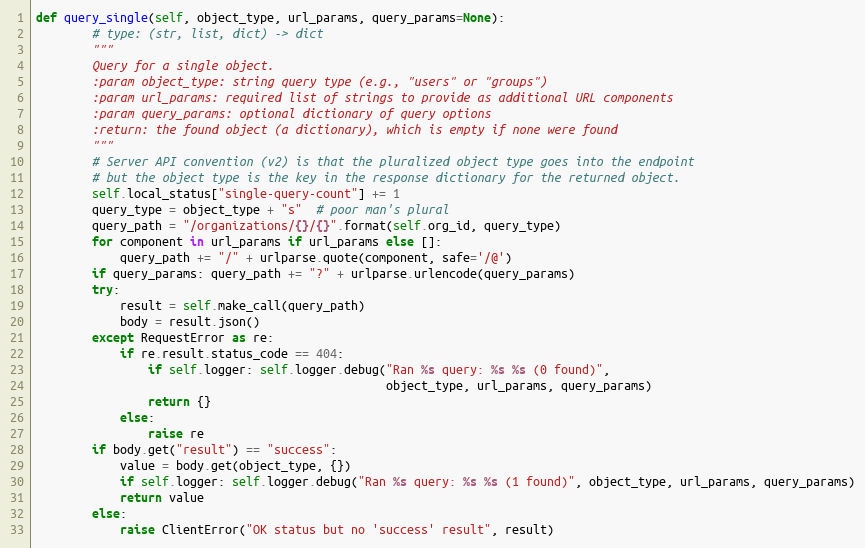
Language: Python
def query_single(self, object_type, url_params, query_params=None):
        # type: (str, list, dict) -> dict
        """
        Query for a single object.
        :param object_type: string query type (e.g., "users" or "groups")
        :param url_params: required list of strings to provide as additional URL components
        :param query_params: optional dictionary of query options
        :return: the found object (a dictionary), which is empty if none were found
        """
        # Server API convention (v2) is that the pluralized object type goes into the endpoint
        # but the object type is the key in the response dictionary for the returned object.
        self.local_status["single-query-count"] += 1
        query_type = object_type + "s"  # poor man's plural
        query_path = "/organizations/{}/{}".format(self.org_id, query_type)
        for component in url_params if url_params else []:
            query_path += "/" + urlparse.quote(component, safe='/@')
        if query_params: query_path += "?" + urlparse.urlencode(query_params)
        try:
            result = self.make_call(query_path)
            body = result.json()
        except RequestError as re:
            if re.result.status_code == 404:
                if self.logger: self.logger.debug("Ran %s query: %s %s (0 found)",
                                                  object_type, url_params, query_params)
                return {}
            else:
                raise re
        if body.get("result") == "success":
            value = body.get(object_type, {})
            if self.logger: self.logger.debug("Ran %s query: %s %s (1 found)", object_type, url_params, query_params)
            return value
        else:
            raise ClientError("OK status but no 'success' result", result)